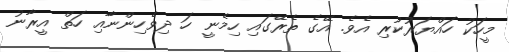
މީހަކު ހައްޔަރުކުރި އެވެ. އޭގެ ތެރޭގައި ހިމެނީ ހަ ދިވެހިންނާއި ހަތް އީރާނު